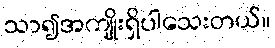
သာ၍အကျိုးရှိပါသေးတယ်။